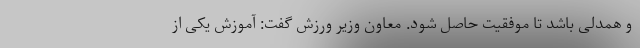
و همدلی باشد تا موفقیت حاصل شود. معاون وزیر ورزش گفت: آموزش یکی از